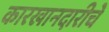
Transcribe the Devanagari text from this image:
कारखानदारीचे